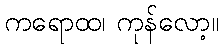
ကရောထ၊ ကုန်လော့။